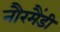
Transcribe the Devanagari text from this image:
नौरमैंडी